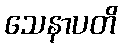
သေနာပတိ